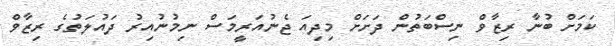
ކަމަށް ބުނާ ރިޒާވް ނިސްބަތުން ދަށަށް މިދިއަ ޖެނުއަރީމަސް ނިމުނުއިރު ދައުލަތުގެ ރިޒާވް